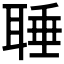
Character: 𦖋